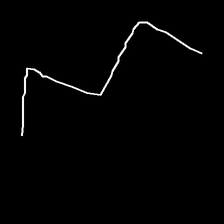
Glyph: crush